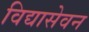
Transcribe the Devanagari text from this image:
विद्यासेवन